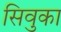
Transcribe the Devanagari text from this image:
सिवुका